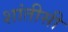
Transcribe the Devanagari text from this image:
शांतीसी